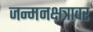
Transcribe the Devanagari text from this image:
जन्मनक्षत्रावर